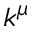
k ^ { \mu }